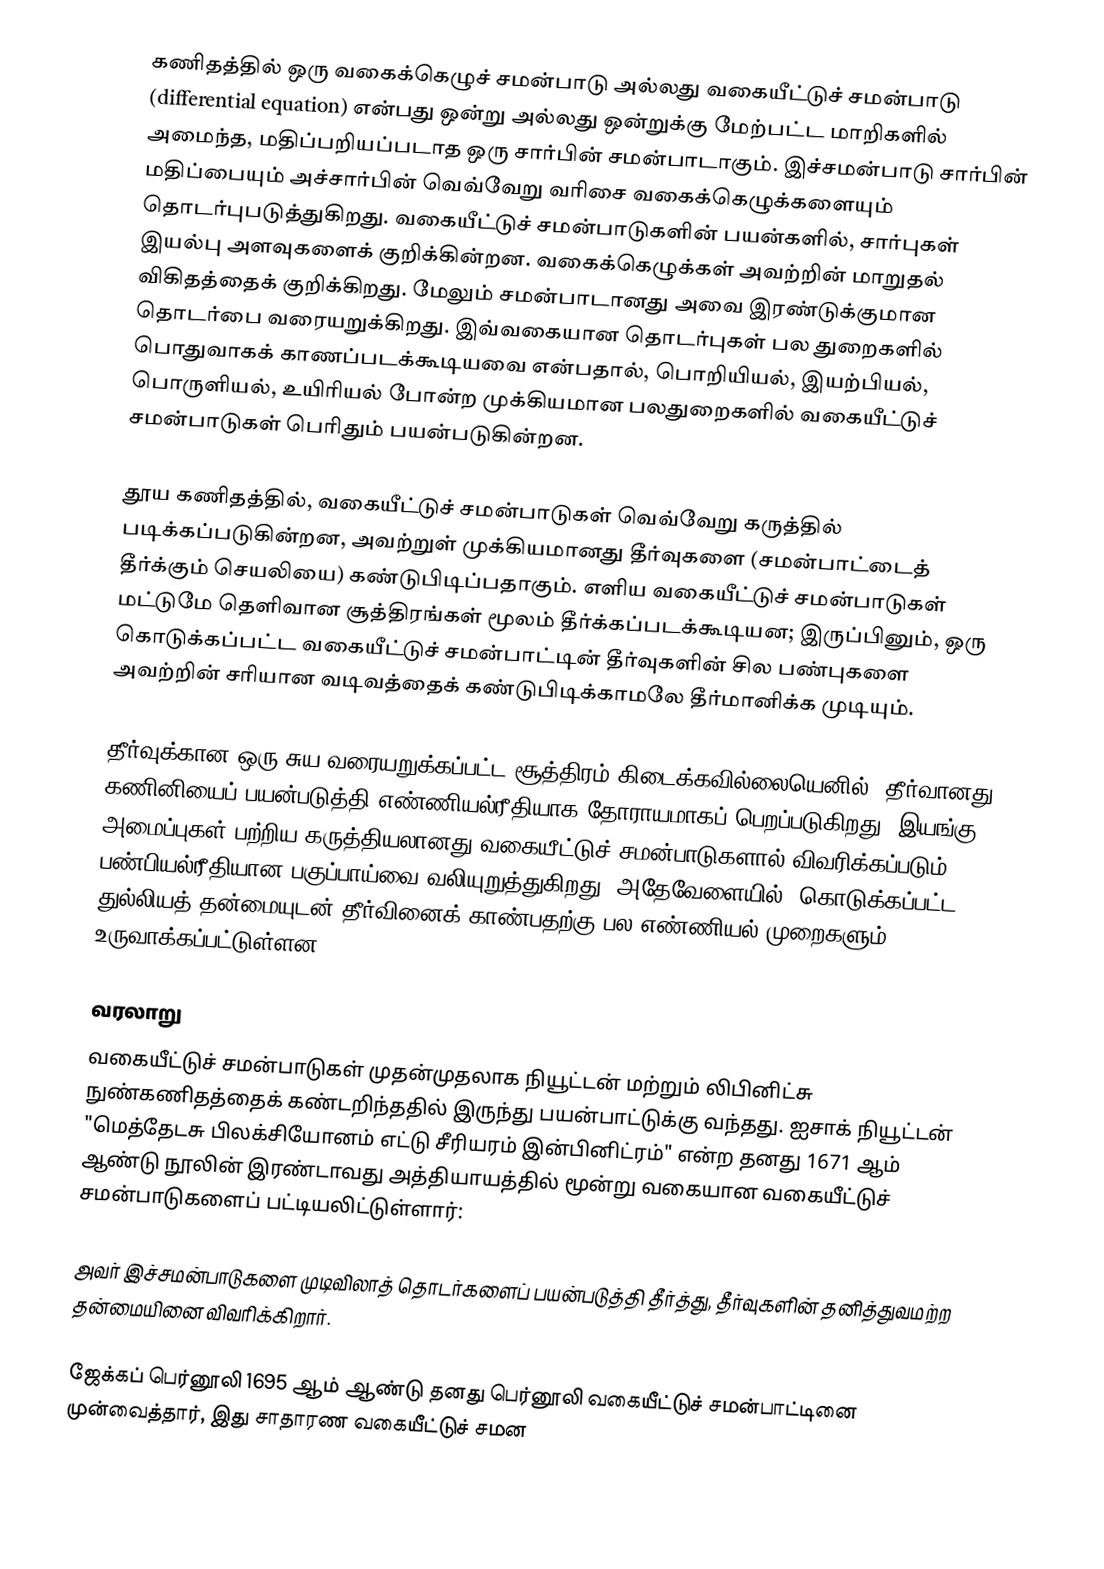
கணிதத்தில் ஒரு வகைக்கெழுச் சமன்பாடு அல்லது வகையீட்டுச் சமன்பாடு (differential equation) என்பது ஒன்று அல்லது ஒன்றுக்கு மேற்பட்ட மாறிகளில் அமைந்த, மதிப்பறியப்படாத ஒரு சார்பின் சமன்பாடாகும். இச்சமன்பாடு சார்பின் மதிப்பையும் அச்சார்பின் வெவ்வேறு வரிசை வகைக்கெழுக்களையும் தொடர்புபடுத்துகிறது. வகையீட்டுச் சமன்பாடுகளின் பயன்களில், சார்புகள் இயல்பு அளவுகளைக் குறிக்கின்றன. வகைக்கெழுக்கள் அவற்றின் மாறுதல் விகிதத்தைக் குறிக்கிறது. மேலும் சமன்பாடானது அவை இரண்டுக்குமான தொடர்பை வரையறுக்கிறது. இவ்வகையான தொடர்புகள் பல துறைகளில் பொதுவாகக் காணப்படக்கூடியவை என்பதால்,  பொறியியல், இயற்பியல், பொருளியல், உயிரியல் போன்ற முக்கியமான பலதுறைகளில் வகையீட்டுச் சமன்பாடுகள் பெரிதும் பயன்படுகின்றன.

தூய கணிதத்தில், வகையீட்டுச் சமன்பாடுகள் வெவ்வேறு கருத்தில் படிக்கப்படுகின்றன, அவற்றுள் முக்கியமானது தீர்வுகளை (சமன்பாட்டைத் தீர்க்கும் செயலியை) கண்டுபிடிப்பதாகும். எளிய வகையீட்டுச் சமன்பாடுகள் மட்டுமே தெளிவான சூத்திரங்கள் மூலம் தீர்க்கப்படக்கூடியன; இருப்பினும், ஒரு கொடுக்கப்பட்ட வகையீட்டுச் சமன்பாட்டின் தீர்வுகளின் சில பண்புகளை அவற்றின் சரியான வடிவத்தைக் கண்டுபிடிக்காமலே தீர்மானிக்க முடியும்.

தீர்வுக்கான ஒரு சுய வரையறுக்கப்பட்ட சூத்திரம் கிடைக்கவில்லையெனில், தீர்வானது கணினியைப் பயன்படுத்தி எண்ணியல்ரீதியாக தோராயமாகப் பெறப்படுகிறது. இயங்கு அமைப்புகள் பற்றிய கருத்தியலானது வகையீட்டுச் சமன்பாடுகளால் விவரிக்கப்படும் பண்பியல்ரீதியான பகுப்பாய்வை வலியுறுத்துகிறது. அதேவேளையில், கொடுக்கப்பட்ட துல்லியத் தன்மையுடன் தீர்வினைக் காண்பதற்கு பல எண்ணியல் முறைகளும் உருவாக்கப்பட்டுள்ளன.

வரலாறு
வகையீட்டுச் சமன்பாடுகள் முதன்முதலாக நியூட்டன் மற்றும் லிபினிட்சு நுண்கணிதத்தைக் கண்டறிந்ததில் இருந்து பயன்பாட்டுக்கு வந்தது. ஐசாக் நியூட்டன் "மெத்தேடசு பிலக்சியோனம் எட்டு சீரியரம் இன்பினிட்ரம்" என்ற தனது 1671 ஆம் ஆண்டு நூலின் இரண்டாவது அத்தியாயத்தில் மூன்று வகையான வகையீட்டுச் சமன்பாடுகளைப் பட்டியலிட்டுள்ளார்:

அவர் இச்சமன்பாடுகளை முடிவிலாத் தொடர்களைப் பயன்படுத்தி தீர்த்து, தீர்வுகளின் தனித்துவமற்ற தன்மையினை விவரிக்கிறார்.

ஜேக்கப் பெர்னூலி 1695 ஆம் ஆண்டு தனது பெர்னூலி வகையீட்டுச் சமன்பாட்டினை முன்வைத்தார், இது சாதாரண வகையீட்டுச் சமன